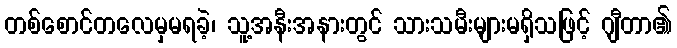
တစ်စောင်တလေမှမရခဲ့၊ သူ့အနီးအနားတွင် သားသမီးများမရှိသဖြင့် ဂျီတာ၏